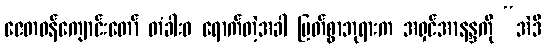
ဇေတဝန်ကျောင်းတော် တံခါးဝ ရောက်တဲ့အခါ မြတ်စွာဘုရားက အရှင်အာနန္ဒကို “အဲဒီ